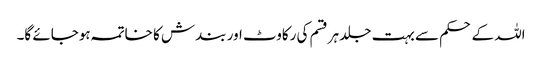
اللہ کے حکم سے بہت جلد ہرقسم کی رکاوٹ اور بندش کا خاتمہ ہوجائے گا۔